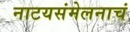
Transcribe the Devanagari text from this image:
नाटयसंमेलनाचं